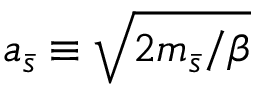
a _ { \bar { s } } \equiv \sqrt { { 2 m _ { \bar { s } } } / { \beta } }